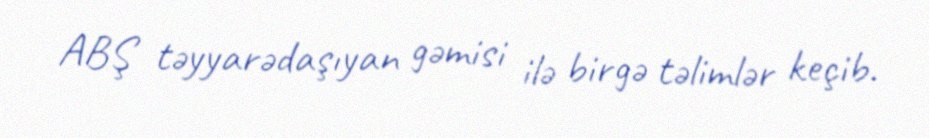
ABŞ təyyarədaşıyan gəmisi ilə birgə təlimlər keçib.